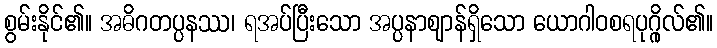
စွမ်းနိုင်၏။ အဓိဂတပ္ပနဿ၊ ရအပ်ပြီးသော အပ္ပနာဈာန်ရှိသော ယောဂါဝစရပုဂ္ဂိုလ်၏။